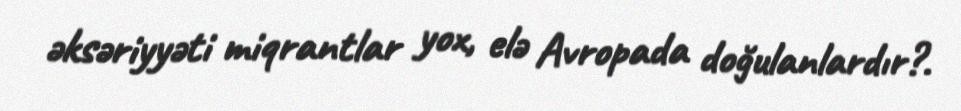
əksəriyyəti miqrantlar yox, elə Avropada doğulanlardır?.